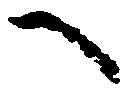
へ